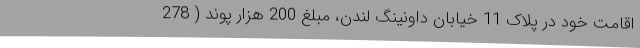
اقامت خود در پلاک 11 خیابان داونینگ لندن، مبلغ 200 هزار پوند ( 278